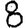
Digit: 8